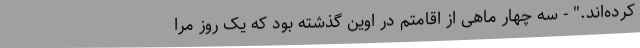
کرده‌اند." - سه چهار ماهی از اقامتم در اوین گذشته بود که یک روز مرا